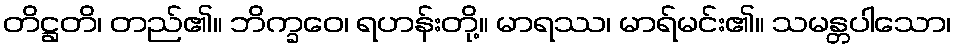
တိဋ္ဌတိ၊ တည်၏။ ဘိက္ခဝေ၊ ရဟန်းတို့။ မာရဿ၊ မာရ်မင်း၏။ သမန္တပါသော၊